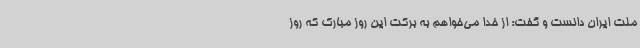
ملت ایران دانست و گفت: از خدا می‌خواهم به برکت این روز مبارک که روز